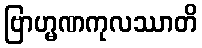
ဗြာဟ္မဏကုလဿာတိ